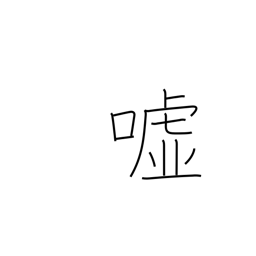
Meaning: falsehood